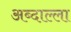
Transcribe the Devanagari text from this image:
अब्दाल्ला